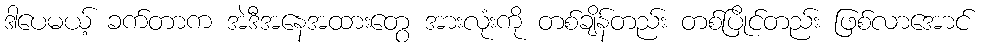
ဒါပေမယ့် ခက်တာက အဲဒီအနေအထားတွေ အားလုံးကို တစ်ချိန်တည်း တစ်ပြိုင်တည်း ဖြစ်လာအောင်